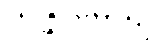
သန္နာမေယျ